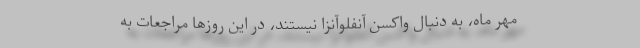
مهر ماه، به دنبال واکسن آنفلوآنزا نیستند، در این روزها مراجعات به